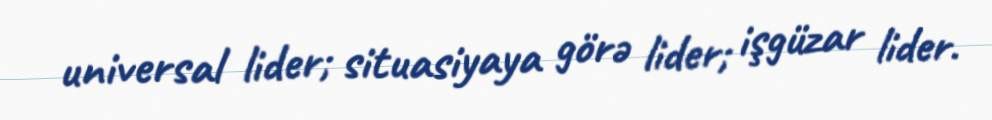
universal lider; situasiyaya görə lider; işgüzar lider.